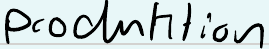
produktion